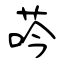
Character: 荶